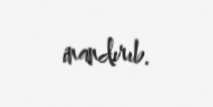
inandırıb.